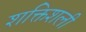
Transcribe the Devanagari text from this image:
शक्तिशली